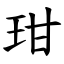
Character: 玵